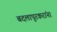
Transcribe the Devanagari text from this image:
बदलापूरकरांना